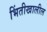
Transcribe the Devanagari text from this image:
भिंतीखालील